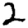
Digit: 2